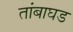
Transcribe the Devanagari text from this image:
तांबाघड